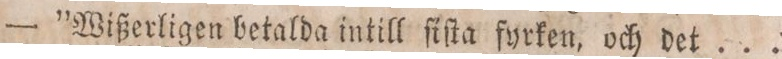
— ”Wißerligen betalda intill ſiſta fyrken, och det ...